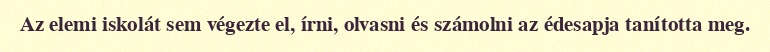
Az elemi iskolát sem végezte el, írni, olvasni és számolni az édesapja tanította meg.